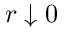
r \downarrow 0